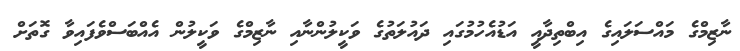
ނާޒިމްގެ މައްސަލައިގެ އިބްތިދާއީ އަޑުއެހުމުގައި ދައުލަތުގެ ވަކީލުންނާއި ނާޒިމްގެ ވަކީލުން އެއްބަސްވެފައިވާ ގޮތަށް